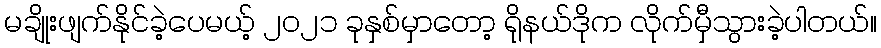
မချိုးဖျက်နိုင်ခဲ့ပေမယ့် ၂၀၂၁ ခုနှစ်မှာတော့ ရိုနယ်ဒိုက လိုက်မှီသွားခဲ့ပါတယ်။